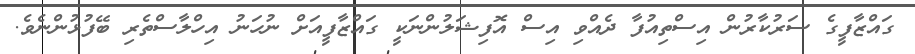
ގައްޒާފީގެ ސަރުކާރުން އިސްތިއުފާ ދެއްވި އިސް އޮފިޝަލުންނަކީ ގައްޒާފީއަށް ނުހަނު އިހްލާސްތެރި ބޭފުޅުންނެވެ.